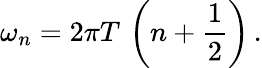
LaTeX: \omega_{n}=2\pi T\, \left(n+{\frac{1}{2}}\right)\, .